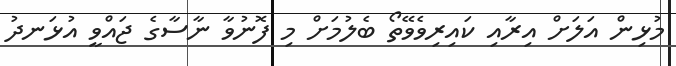
މުޅިން އަލަށް އިރާއި ކައިރިވެވޭތޯ ބެލުމަށް މި ފޮނުވާ ނާސާގެ ޖައްވީ އުޅަނދު